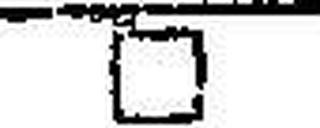
□